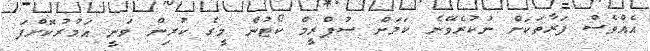
އެއްވެސް ފަރާތަކަށް ނުކުރެވޭނެ ކަމަށް ސުޕްރީމް ކޯޓުން މީގެ ކުރިން ވަނީ އަމުރުކޮށްފަ